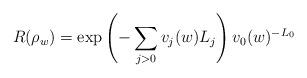
LaTeX: \begin{align*}R(\rho_{w})=\exp\left(-\sum_{j>0}v_{j}(w)L_{j}\right)v_{0}(w)^{-L_{0}}\end{align*}